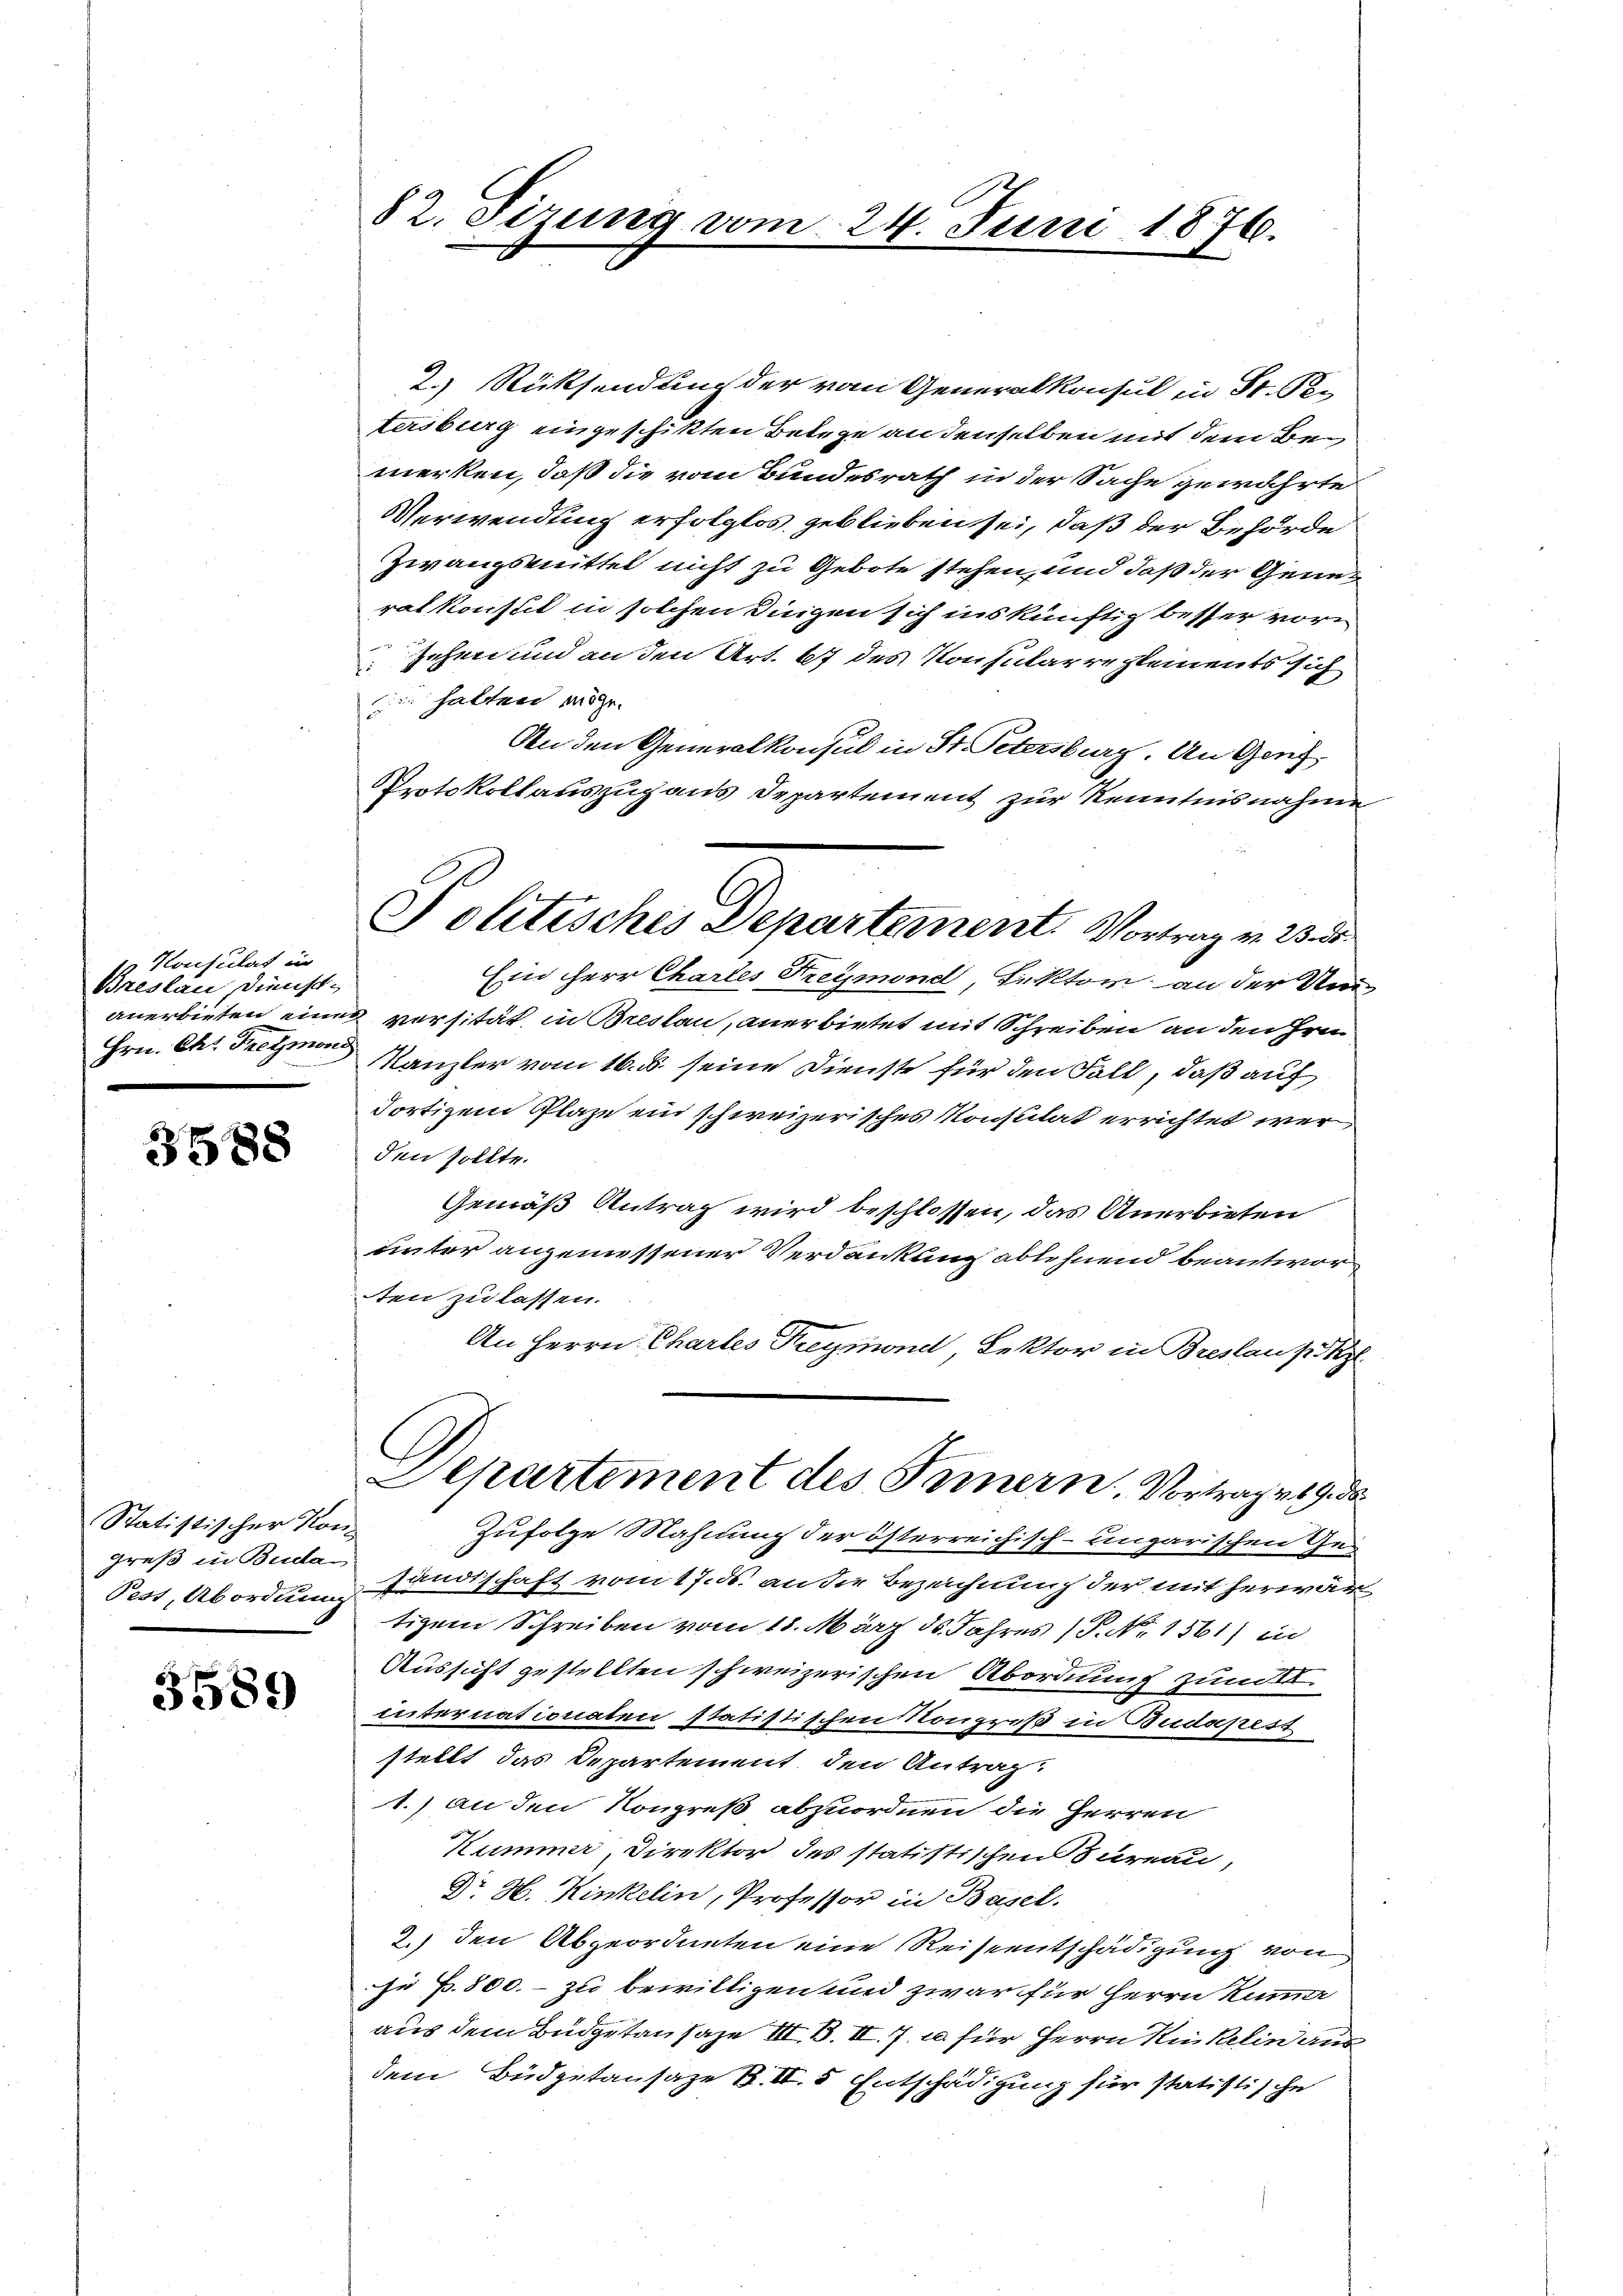
Konsulat in
Breslau, Diensch
anerbieten eine
Hrn. Chr. Freymon.

3588

Statistischer Komgreß in Buda
Pest, Abordnung

3589

82. Sizung vom

2.) Rücksendung der vom Generalkonsul in St. Pe
tersburg eingeschikten Belege an denselben mit dem Bemerken, daß die vom Bundesrath in der Sache gewährte
Verwendung erfolglos geblieben sei, daß der Behörde
Zwangsmittel nicht zu Gebote stehen, und daß der Generat konst in solchen Dingen sich ins künftig besser vor
sehen und an den Art. 67 des Konsularrestements sich
ie halten möge.
An den Generalkonsul in St. Petersburg An Genz¬
Protokollauszuhaus Departement zur Kenntnisnahme
Ein Herr Chartes Freymond, Lektor an der Un
in versität in Breslau, anerbietet mit Schreiben an den Hrn.
Kanzler vom 16. ds. seine Dienste für den Fall, daß auf
Fortigem Plaze ein schweizerisches Konstilat errichtet werden sollte.
Gemäß Antrag wird beschlossen, das Anerbieten
unter angemessener Verdankung ablehnend beantwor
ten zu lassen.
An Herrn Chartes Reymond, Lektor in Breslau pikz
C
Departement des Fernern, Vortrag v. 9. de
Zufolge Mahnung der österreichisch-ungarischen Gesandtschaft vom 17. ds. an die Bezeichnung der mit herwätigem Schreiben vom 18. März ds. Jahres P. No. 1561) und
Aussicht gestellten schweizerischen Abordnung zum
d
internationaten statistischen Kongreß in Budapess
stellt das Departement den Antrag
1.) an den Kongreß abzuordnen die Herren
Kummer, Direktor des statistischen Bureau,
Dr. H. Kinkelin, Professor in Basel.
2.) den Abgeordneten eine Reiseentschädigung von
je p. 800. - zu bewilligen und zwar für Herrn Kummer
aus dem Budgetan sage III. B. II. 7. u. für Herrn Kinkelin ausdem Büdgetansaze B. II. 5 Entschädigung für statistische

24. Juni 1876.

Politisches Departement. Vortrag v. 23. dr.